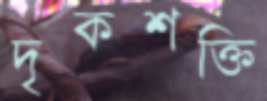
দৃকশক্তি